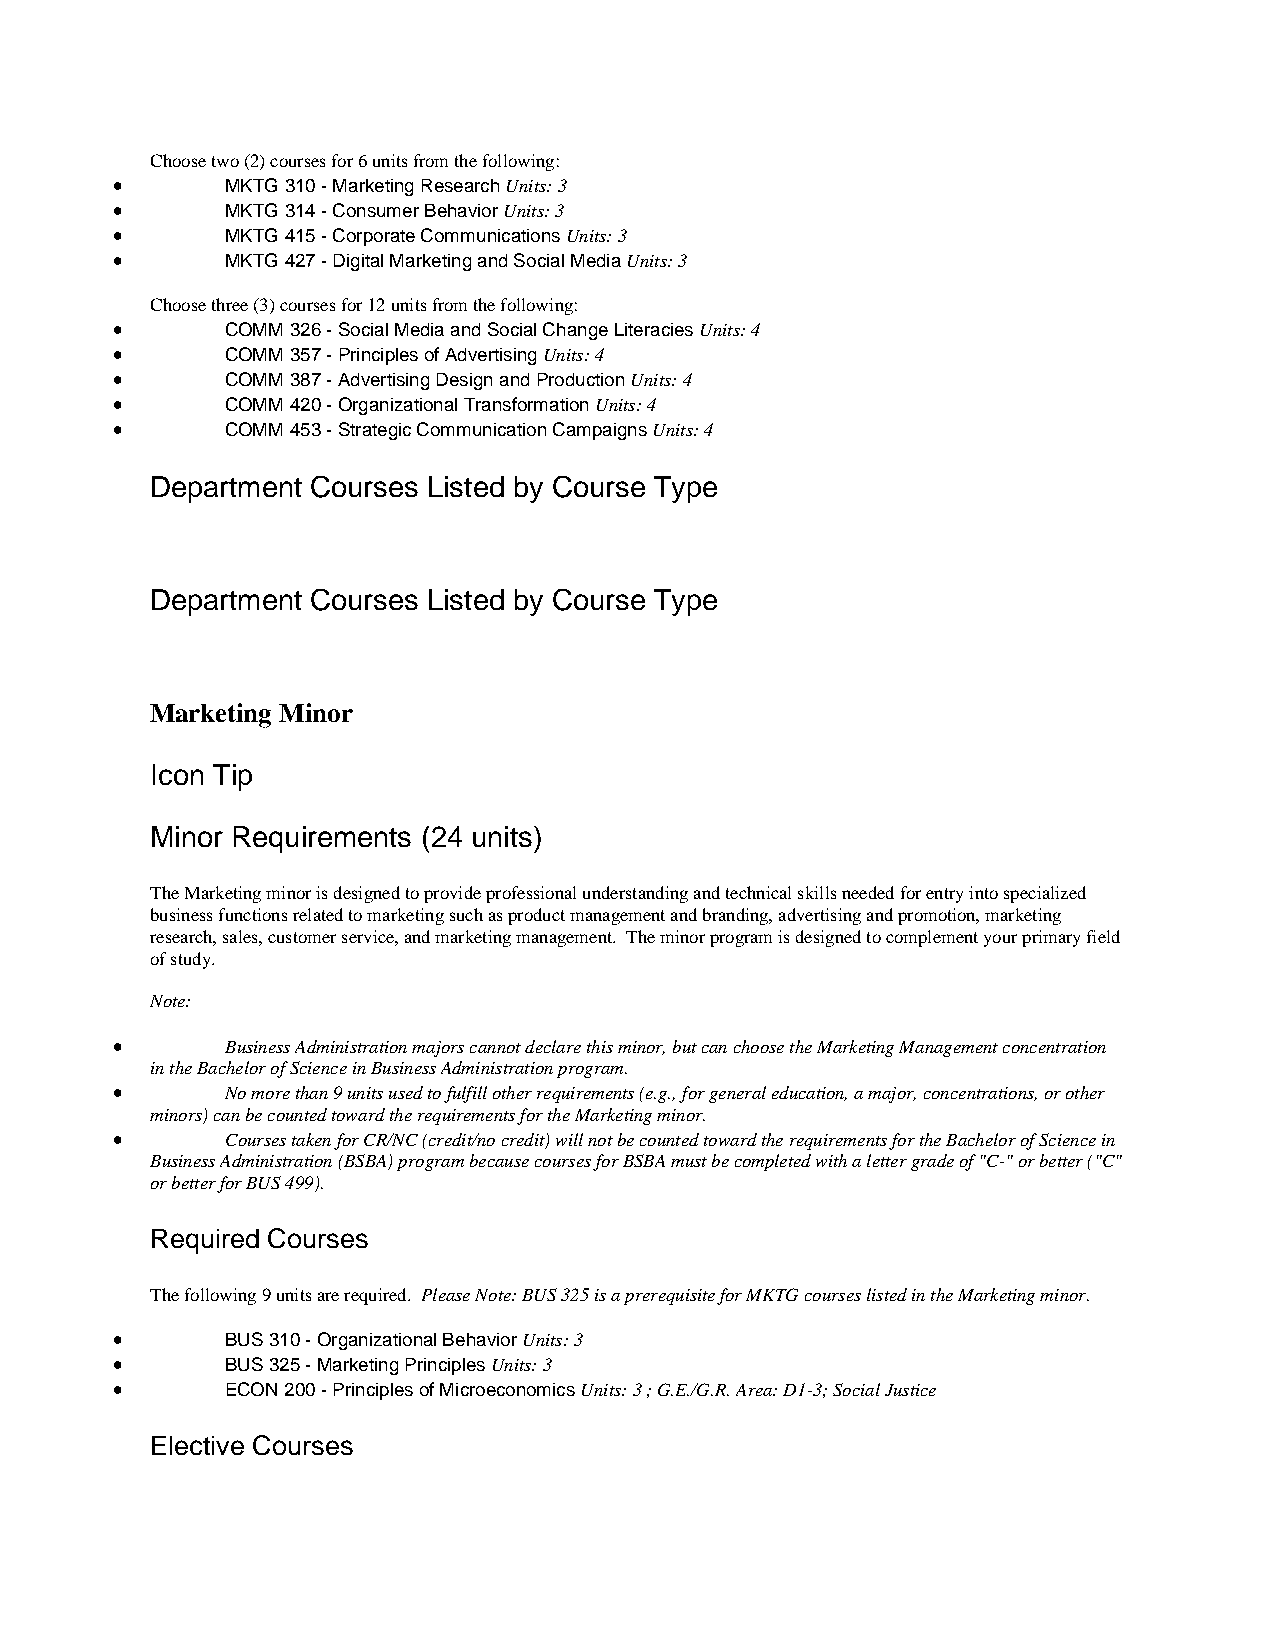
Choose two (2) courses for 6 units from the following:
 •       MKTG 310 - Marketing Research Units: 3
 •       MKTG 314 - Consumer Behavior Units: 3
 •       MKTG 415 - Corporate Communications Units: 3
 •       MKTG 427 - Digital Marketing and Social Media Units: 3
 Choose three (3) courses for 12 units from the following:
 •       COMM 326 - Social Media and Social Change Literacies Units: 4
 •       COMM 357 - Principles of Advertising Units: 4
 •       COMM 387 - Advertising Design and Production Units: 4
 •       COMM 420 - Organizational Transformation Units: 4
 •       COMM 453 - Strategic Communication Campaigns Units: 4
 Department Courses Listed by Course Type
 Department Courses Listed by Course Type
 Marketing Minor
 Icon Tip
 Minor Requirements (24 units)
 The Marketing minor is designed to provide professional understanding and technical skills needed for entry into specialized
 business functions related to marketing such as product management and branding, advertising and promotion, marketing
 research, sales, customer service, and marketing management. The minor program is designed to complement your primary field
 of study.
 Note:
 •       Business Administration majors cannot declare this minor, but can choose the Marketing Management concentration
 in the Bachelor of Science in Business Administration program.
 •       No more than 9 units used to fulfill other requirements (e.g., for general education, a major, concentrations, or other
 minors) can be counted toward the requirements for the Marketing minor.
 •       Courses taken for CR/NC (credit/no credit) will not be counted toward the requirements for the Bachelor of Science in
 Business Administration (BSBA) program because courses for BSBA must be completed with a letter grade of "C-" or better ("C"
 or better for BUS 499).
 Required Courses
 The following 9 units are required. Please Note: BUS 325 is a prerequisite for MKTG courses listed in the Marketing minor.
 •       BUS 310 - Organizational Behavior Units: 3
 •       BUS 325 - Marketing Principles Units: 3
 •       ECON 200 - Principles of Microeconomics Units: 3 ; G.E./G.R. Area: D1-3; Social Justice
 Elective Courses